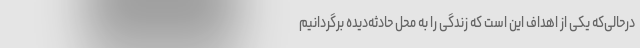
درحالی‌که یکی از اهداف این است که زندگی را به محل حادثه‌دیده برگردانیم